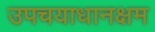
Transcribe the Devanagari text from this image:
उपचयाधानक्षम